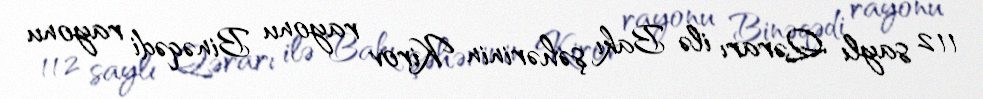
112 saylı Qərarı ilə Bakı şəhərinin Kirov rayonu Binəqədi rayonu